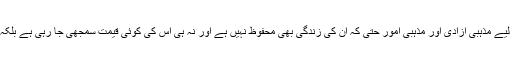
آج جو موجودہ صورتحال ہے وہ بہت ہی ناگفتہ بہ ہے، مسلمانوں کے لیے مذہبی آزادی اور مذہبی امور حتی کہ ان کی زندگی بھی محفوظ نہیں ہے اور نہ ہی اس کی کوئی قیمت سمجھی جا رہی ہے بلکہ سچ تو یہ ہے کہ ان کے وجود کو بھی خطرہ محسوس کیا جا رہا ہے۔